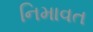
નિમાવત